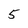
Character: 5